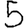
Digit: 5